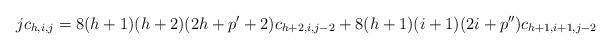
LaTeX: \begin{align*}jc_{h,i,j}=8(h+1)(h+2)(2h+p'+2)c_{h+2,i,j-2}+8(h+1)(i+1)(2i+p'')c_{h+1,i+1,j-2}\end{align*}